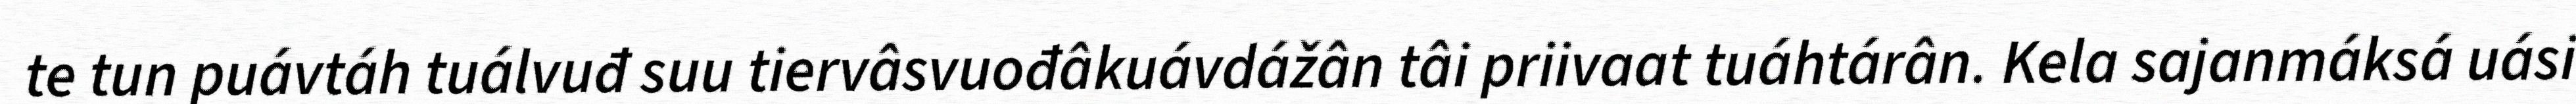
te tun puávtáh tuálvuđ suu tiervâsvuođâkuávdážân tâi priivaat tuáhtárân. Kela sajanmáksá uási